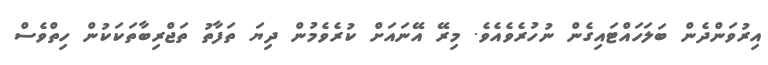
އިރުވަންދެން ބަލަހައްޓައިގެން ނުހުރެވެއެވެ. މިރޭ އޭނައަށް ކުރެވެމުން ދިޔަ ތަފާތު ތަޖްރިބާތަކަކުން ހިތްވެސް